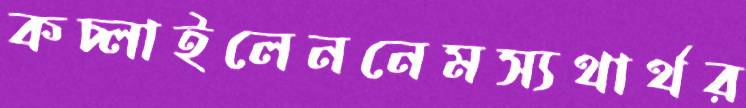
কচ্‌লাইলেননেমস্যথার্থর